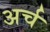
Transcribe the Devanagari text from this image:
अर्च